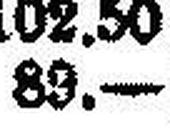
89.—